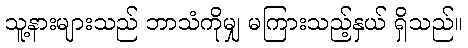
သူ့နားများသည် ဘာသံကိုမျှ မကြားသည့်နှယ် ရှိသည်။